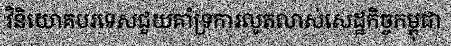
វិនិយោគបរទេសជួយគាំទ្រការលូតលាស់សេដ្ឋកិច្ចកម្ពុជា